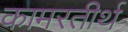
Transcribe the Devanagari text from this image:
कामरतीर्थ